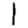
Digit: 1